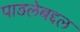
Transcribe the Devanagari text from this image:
पाडलेबद्दल